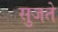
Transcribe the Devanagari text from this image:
सुजते